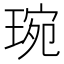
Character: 琬